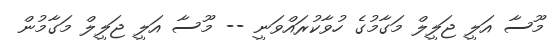
މޫސާ އަލީ ޖަލީލް މަގާމުގެ ހުވާކުރައްވަނީ -- މޫސާ އަލީ ޖަލީލް މަގާމުން